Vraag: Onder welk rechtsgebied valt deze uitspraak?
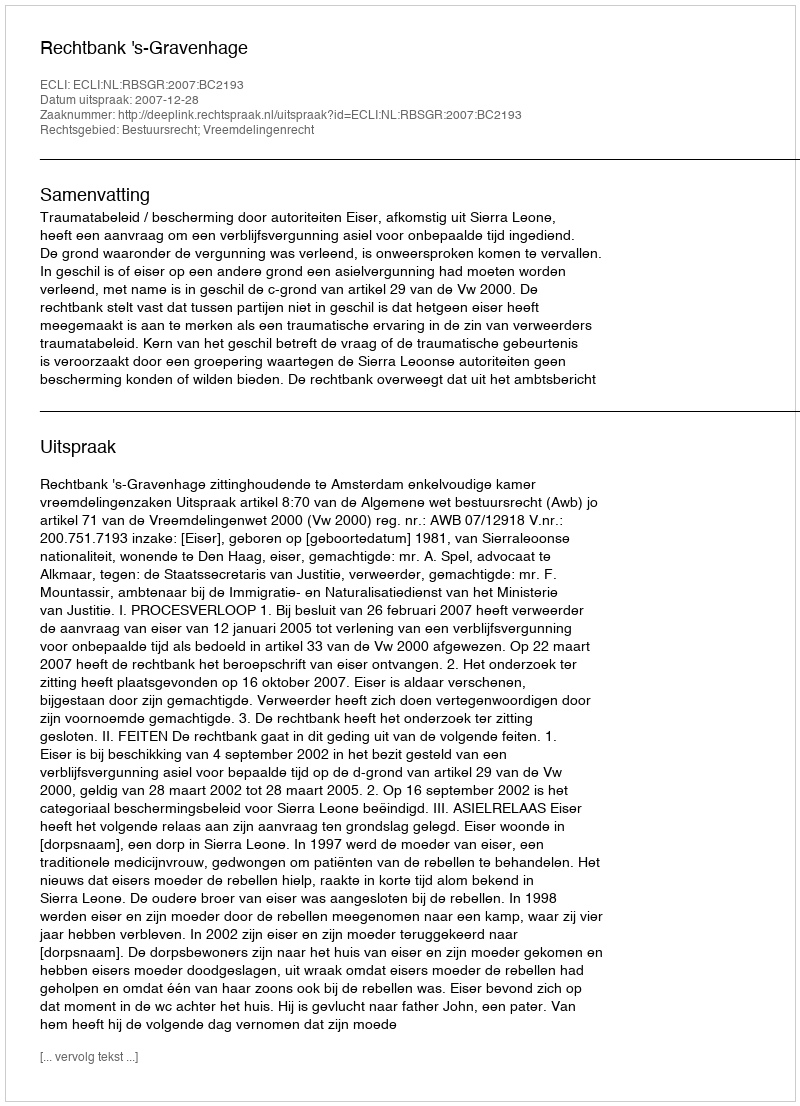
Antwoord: Bestuursrecht; Vreemdelingenrecht